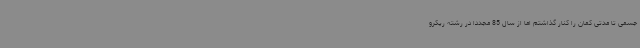
جسمی تا مدتی کمان را کنار گذاشتم اما از سال 85 مجددا در رشته ریکرو